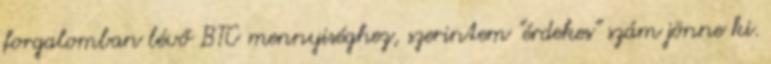
forgalomban lévő BTC mennyiséghez, szerintem "érdekes" szám jönne ki.